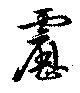
靂